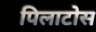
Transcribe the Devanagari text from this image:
पिलाटोस